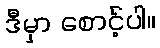
ဒီမှာ စောင့်ပါ။